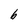
Character: b